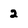
Character: 2